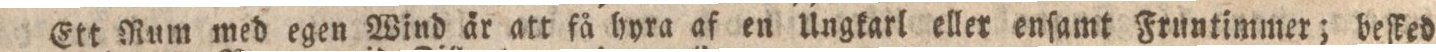
Ett Rum med egen Wind är att få hyra af en Ungkarl eller enſamt Fruntimmer; beſked